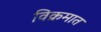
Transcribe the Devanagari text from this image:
विक्रमात